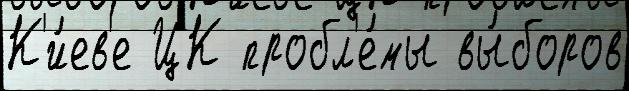
К'и́ев'е ЦК пробл'е́мы вы́боров